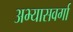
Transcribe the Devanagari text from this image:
अभ्यासवर्गा